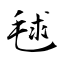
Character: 毬